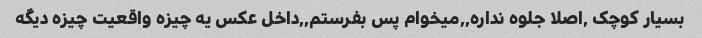
بسیار کوچک ,اصلا جلوه نداره,,میخوام پس بفرستم,,داخل عکس یه چیزه واقعیت چیزه دیگه